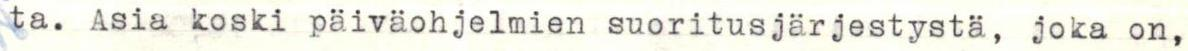
ta. Asia koski päiväohjelmien suoritusjärjestystä, joka on,